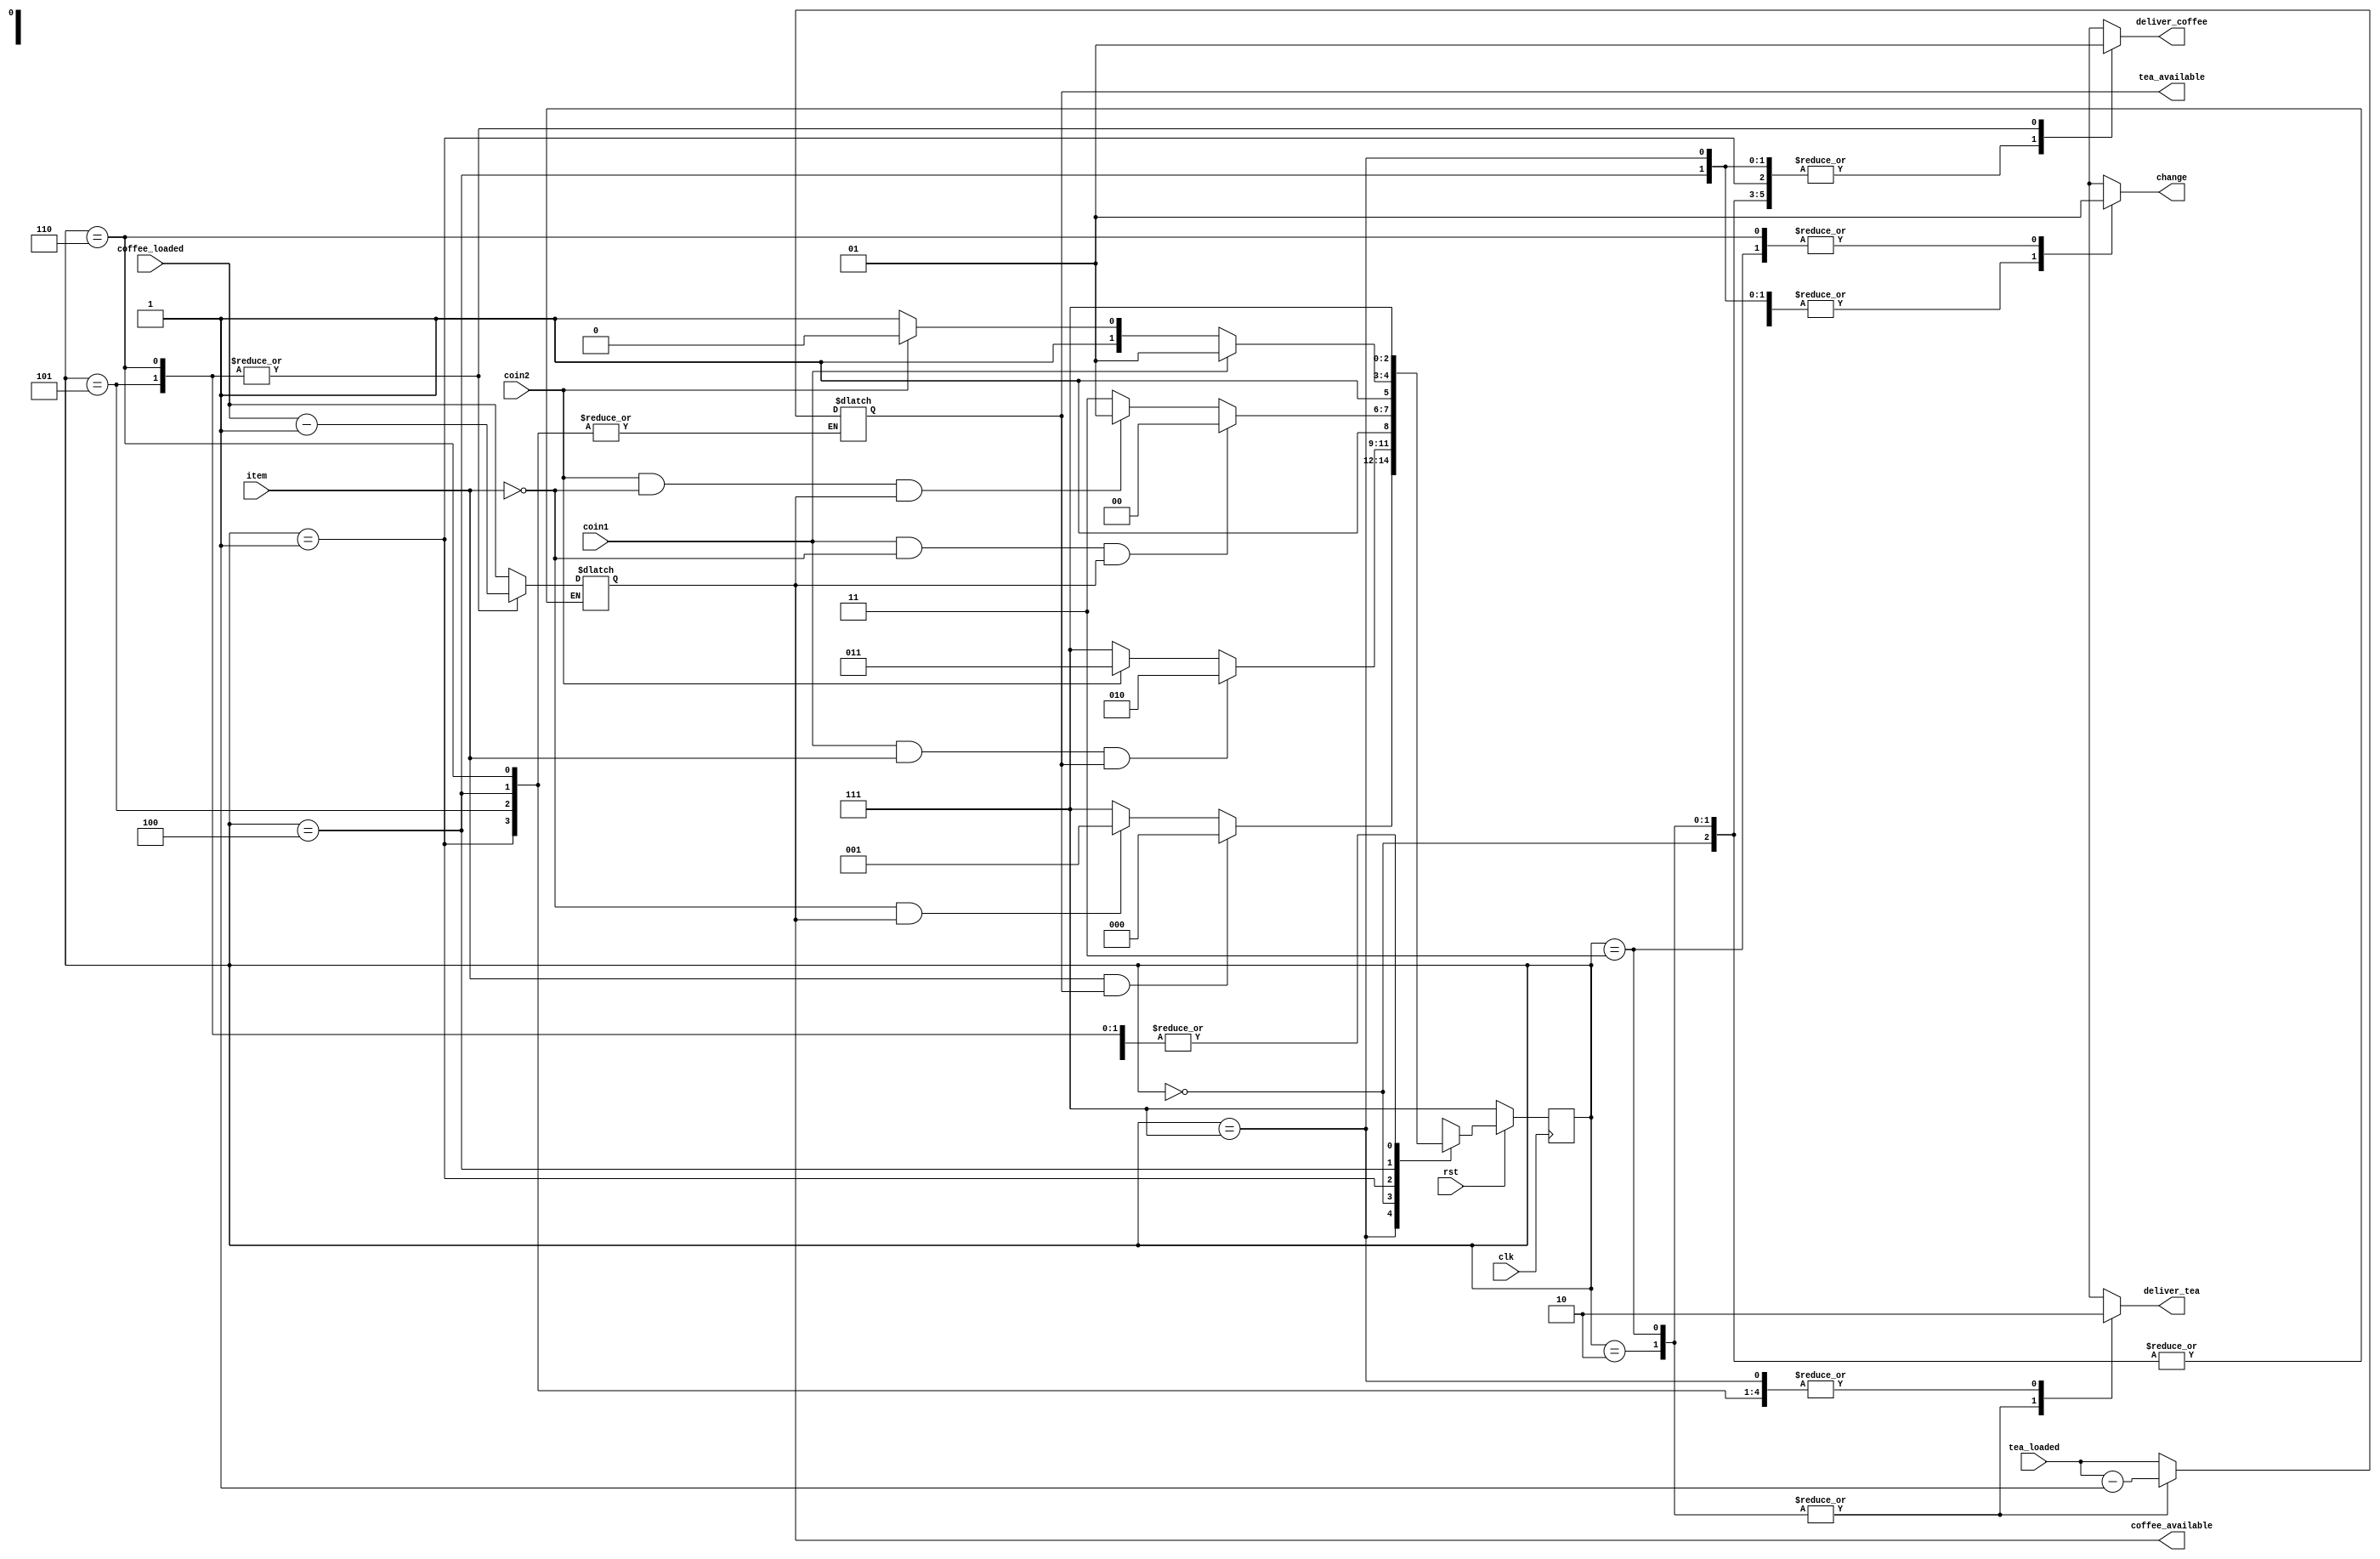
////////////////////////////////////////////////
//
// Name:   Shubhi Agrawal
// Design:  Vending Machine
//
//////////////////////////////////////////////





`timescale 1ns/1ns

module vending_machine(
            input coin1,
                  coin2,
                    rst,
                    clk,
                   item,
       input [1:0] tea_loaded,
                coffee_loaded,
          output reg change,
                     deliver_tea,
                     deliver_coffee,
   output reg [1:0] tea_available,
                    coffee_available );

 // reg [1:0] tea_available,coffee_available;
  // reg  change,deliver_tea,deliver_coffee;
  reg [2:0] state, next_state;
  
  parameter Idle = 3'd7,
            Idle_tea = 3'd0,
            Idle_coffee = 3'd1,
            tea_st1 = 3'd2, 
            tea_st2 = 3'd3,
            coffee_st1 = 3'd4,
            coffee_st2 = 3'd5,
            coffee_st3 = 3'd6 ;

  
 always @(posedge clk)
   begin
     if(!rst)
       state <= Idle;
     else
       state <= next_state;
   end


 always @(state)
  begin
   case(state)
     
    Idle: if((item == 1) && tea_available)
             next_state = Idle_tea;
          else if((item == 0) && coffee_available)
             next_state = Idle_coffee;
          else  next_state = Idle;

    Idle_tea: if((coin1 == 1)&&(item == 1) && tea_available)
                next_state = tea_st1;
              else if(coin2 == 1)
                next_state = tea_st2;
               else
                next_state = Idle;

    tea_st1:   next_state = Idle;
   
    tea_st2:   next_state = Idle;

    Idle_coffee: if((coin1 == 1)&&(item == 0) && coffee_available)
                   next_state = coffee_st1;
                 else if((coin2 == 1)&&(item == 0) && coffee_available)
                   next_state = coffee_st2;
                 else
                   next_state = Idle;

    coffee_st2:   next_state = Idle;
   
    coffee_st1:   if(coin1 == 1)
                   next_state = coffee_st2;
                 else if(coin2 == 1)
                   next_state = coffee_st3;
                 else
                   next_state = Idle;

   coffee_st3:   next_state = Idle;

   default: next_state = Idle;
  endcase
  end

 // output logic
 always @(state)
 
  begin
   case(state)
     
    Idle: begin
          change = 0;
          deliver_tea = 0;
          deliver_coffee = 0;
          coffee_available = coffee_loaded;
          tea_available = tea_loaded; end
          

    Idle_tea: begin
              change = 0;
              deliver_tea = 0;
              deliver_coffee = 0;
              tea_available = tea_loaded; end

    tea_st1:   begin
                change = 0;
                deliver_tea = 1;
                deliver_coffee = 0;
                tea_available = tea_loaded - 1; end

    tea_st2:  begin
              change = 1;
              deliver_tea = 1;
              deliver_coffee = 0; 
              tea_available = tea_loaded - 1;end

    Idle_coffee: begin
                change = 0;
                deliver_tea = 0;
                deliver_coffee = 0;
                coffee_available = coffee_loaded; end

    coffee_st2:   begin
              change = 0;
              deliver_tea = 0;
              deliver_coffee = 1;
              coffee_available = coffee_loaded - 1; end

   
    coffee_st1:   begin
              change = 0;
              deliver_tea = 0;
              deliver_coffee = 0;
              coffee_available = coffee_loaded; end

   coffee_st3:   begin
              change = 1;
              deliver_tea = 0;
              deliver_coffee = 1;
              coffee_available = coffee_loaded - 1; end


   default: begin
              change = 0;
              deliver_tea = 0;
              deliver_coffee = 0;
              coffee_available = coffee_loaded;
               tea_available = tea_loaded;      end

  endcase
  end

 endmodule